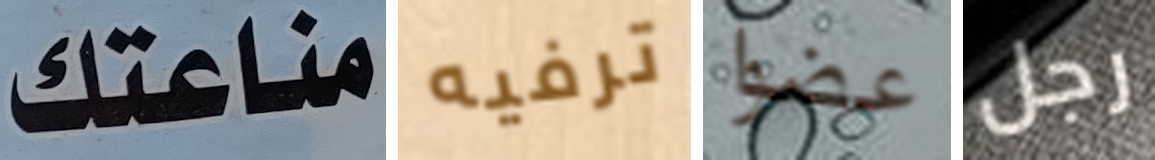
مناعتك ترفيه عضوا رجل